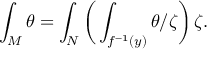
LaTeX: \int _ { M } \theta = \int _ { N } { \bigg ( } \int _ { f ^ { - 1 } ( y ) } \theta / \zeta { \bigg ) } \, \zeta .